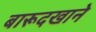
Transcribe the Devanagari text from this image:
बारूदखाने